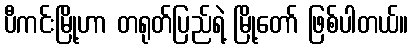
ပီကင်းမြို့ဟာ တရုတ်ပြည်ရဲ့ မြို့တော် ဖြစ်ပါတယ်။